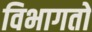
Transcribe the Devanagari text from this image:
विभागतो